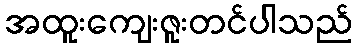
အထူးကျေးဇူးတင်ပါသည်